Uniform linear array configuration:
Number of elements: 32
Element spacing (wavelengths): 0.75
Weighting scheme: uniform
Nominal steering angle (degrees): -15
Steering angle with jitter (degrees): -16.965
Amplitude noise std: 0.05
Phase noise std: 0.05

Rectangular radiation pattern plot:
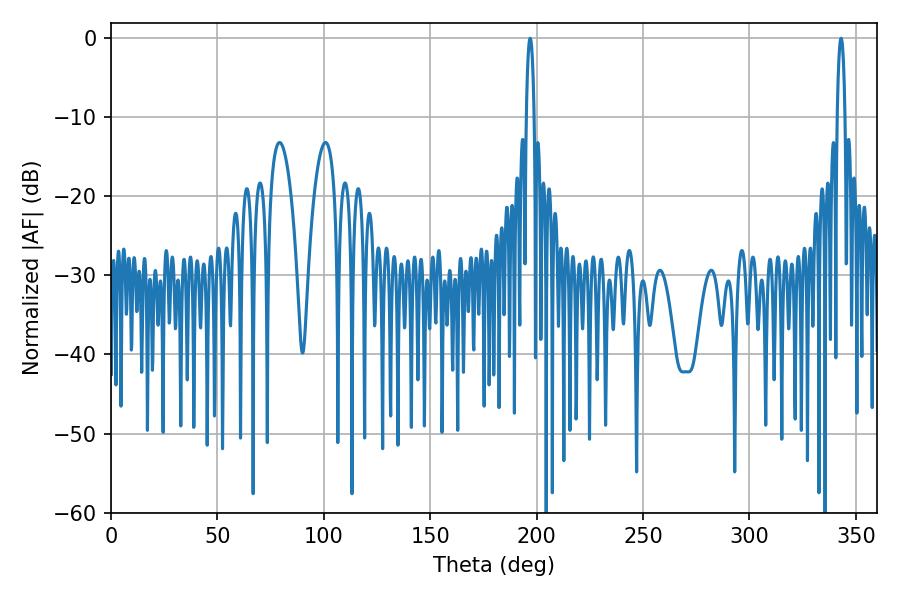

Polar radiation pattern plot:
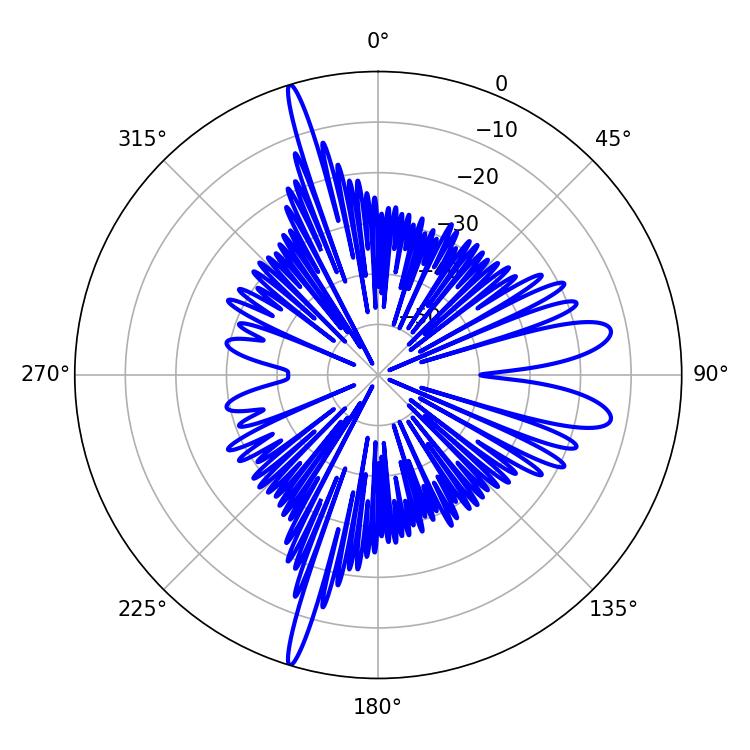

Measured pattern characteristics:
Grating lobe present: TRUE
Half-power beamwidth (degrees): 1.98
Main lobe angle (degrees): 196.92